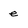
Character: e